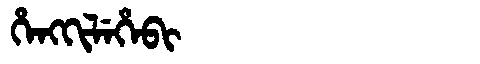
Manchu: ᡥᡝᠩᡴᡳᠯᡝᡥᡝᠪᡳ
Romanization: HENGKILEHEBI